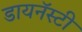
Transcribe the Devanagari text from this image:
डायनॅस्टी